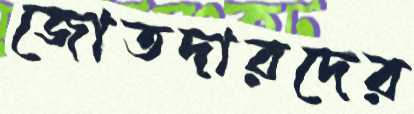
জোতদারদের